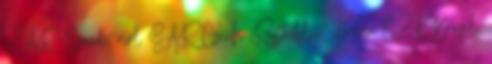
ZAR Szaúdi riál SAR Czech Republic, Koruna CZK Brazil,